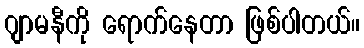
ဂျာမနီကို ရောက်နေတာ ဖြစ်ပါတယ်။